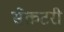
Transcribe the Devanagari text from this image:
सेेक्रटरी